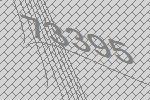
73395